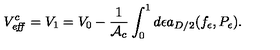
V _ { \mathrm { \footnotesize \it e f f } } ^ { c } = V _ { 1 } = V _ { 0 } - { \frac { 1 } { { \cal A } _ { c } } } \int _ { 0 } ^ { 1 } d \epsilon a _ { D / 2 } ( f _ { \epsilon } , P _ { \epsilon } ) .